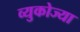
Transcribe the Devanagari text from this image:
व्युकोज्या